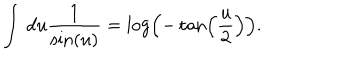
LaTeX: \int \, d u \frac { 1 } { \sin ( u ) } = \log \left( - \tan \left( \frac { u } { 2 } \right) \right) .